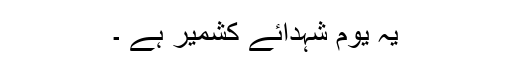
یہ یوم شہدائے کشمیر ہے ۔